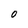
Character: O